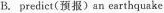
B.predict(预报)an earthquake